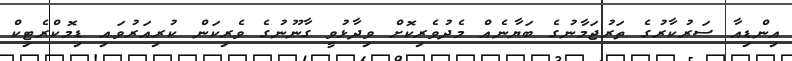
އިންޑިއާ ސަރުކާރުގެ ތަރުޖަމާނުގެ ބަޔާނެއް މެދުވެރިކޮށް ވިދާޅުވީ ގާނޫނުގެ ވެރިކަން ކުރިއަރުވައި ޑިމޮކްރެޓިކް